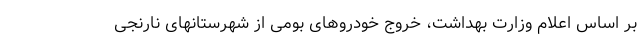
بر اساس اعلام وزارت بهداشت، خروج خودروهای بومی از شهرستانهای نارنجی